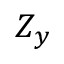
Z _ { y }